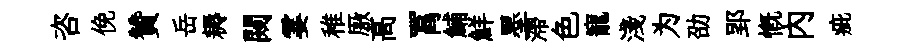
咨俛贊岳耨闚霎稚厫髙罥鯆鮮墨滯色寵淺为劭郢慨內疵